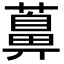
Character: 䕗